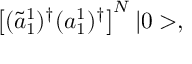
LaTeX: \left[ ( \tilde { a } _ { 1 } ^ { 1 } ) ^ { \dagger } ( a _ { 1 } ^ { 1 } ) ^ { \dagger } \right] ^ { N } | 0 > ,